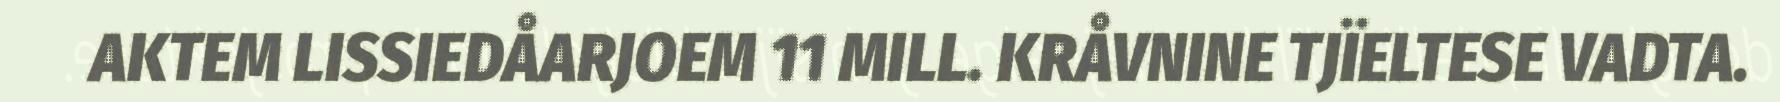
AKTEM LISSIEDÅARJOEM 11 MILL. KRÅVNINE TJÏELTESE VADTA.